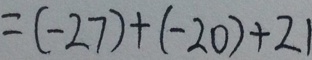
= ( - 2 7 ) + ( - 2 0 ) + 2 1